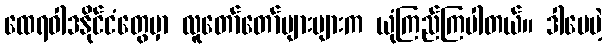
ထေရဝါဒနိုင်ငံတွေမှာ လူတော်တော်များများက ယုံကြည်ကြပါတယ်။ ဒါပေမဲ့